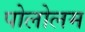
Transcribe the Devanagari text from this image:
पोलोलम